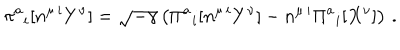
LaTeX: \pi ^ { a } { } _ { i } [ n ^ { \mu \, i } Y ^ { \nu } ] = \sqrt { - \gamma } \left( \Pi ^ { a } { } _ { i } [ n ^ { \mu \, i } Y ^ { \nu } ] - n ^ { \mu \, i } \Pi ^ { a } { } _ { i } [ X ^ { \nu } ] \right) \, .